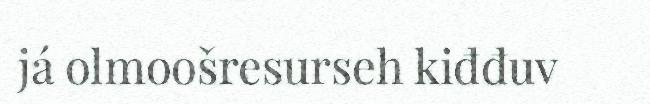
já olmoošresurseh kiđđuv